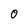
Character: o